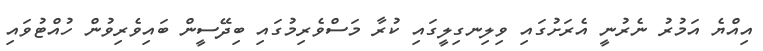
އިއްޔެ އަމުރު ނެރުނީ އެރަށުގައި ވިލިނގިލީގައި ކުރާ މަސްވެރިމުގައި ބިދޭސީން ބައިވެރިވުން ހުއްޓުވައި